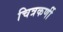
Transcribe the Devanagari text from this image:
चित्रकर्णी